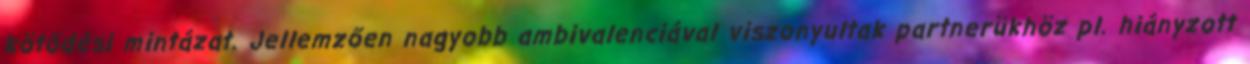
kötődési mintázat. Jellemzően nagyobb ambivalenciával viszonyultak partnerükhöz pl. hiányzott